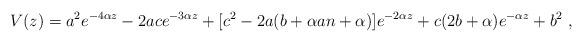
LaTeX: \begin{align*} V(z) = a^2e^{-4\alpha z} - 2ac e^{-3\alpha z}+ [c^2 - 2a(b +\alpha a n + \alpha)]e^{-2\alpha z} + c(2b+\alpha )e^{-\alpha z}+b^2\ ,\end{align*}